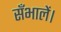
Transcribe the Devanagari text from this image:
सँभालें।